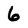
Character: 6